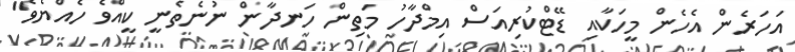
އަހަރެން އެހެން މީހަކާއި ޑޭޓްކުރިއަސް އިމްދާހު މަތިން ހަނދާން ނުނެތެނީ ކީއްވެ ހެއްޔެވެ"